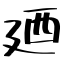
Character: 廼